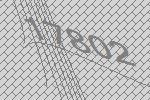
17802